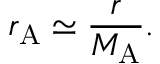
r _ { \mathrm { A } } \simeq { \frac { r } { M _ { \mathrm { A } } } } .